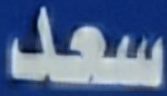
سعد